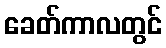
ခေတ်ကာလတွင်